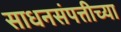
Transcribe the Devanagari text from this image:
साधनसंपत्तीच्या